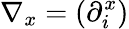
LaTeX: \nabla_{x}=(\partial_{i}^{x})